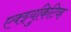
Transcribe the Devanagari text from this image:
एक्झ्युकिटिव्ह